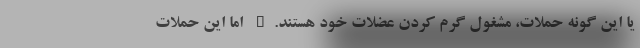
یا این گونه حملات، مشغول گرم کردن عضلات خود هستند." اما این حملات